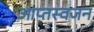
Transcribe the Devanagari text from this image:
आप्तस्वजन